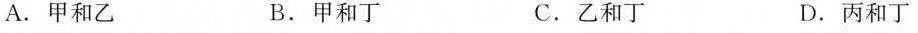
A.甲和乙 B.甲和丁 C.乙和丁 D.丙和丁